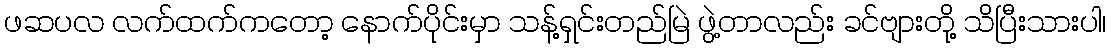
ဖဆပလ လက်ထက်ကတော့ နောက်ပိုင်းမှာ သန့်ရှင်းတည်မြဲ ဖွဲ့တာလည်း ခင်ဗျားတို့ သိပြီးသားပါ၊